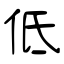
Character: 低